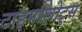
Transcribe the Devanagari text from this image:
टाइमस्लोट्स